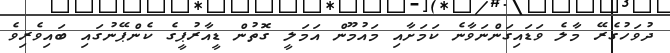
ދުވަހުގެރޭ މާލެ ވަޑައިގަންނަވާނެ ކަމަށާއި މައުމޫން އަމަލީ ގޮތުން ޑީއާރުޕީގެ ކެންޕޭނުގައި ބައިވެރިވެ